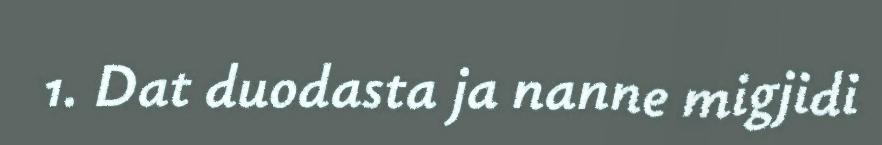
1. Dat duodasta ja nanne migjidi